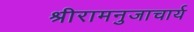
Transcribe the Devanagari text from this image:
श्रीरामनुजाचार्य